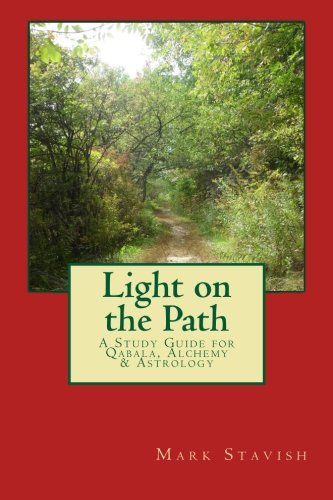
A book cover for Light on the Path: A Study Guide for Qabala, Alchemy, & Astrology (IHS Study Guides) (Volume 1); Mark Stavish; Religion & Spirituality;